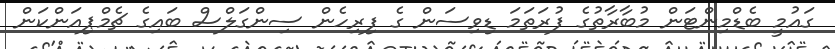
ގައުމީ ބެޑްމިންޓަން މުބާރާތުގެ ފުރަތަމަ ޑިވިސަން ގެ ފިރިހެން ސިންގަލްސް ބައިގެ ޗެމްޕިއަންކަން